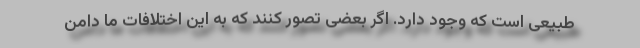
طبیعی است که وجود دارد. اگر بعضی تصور کنند که به این اختلافات ما دامن